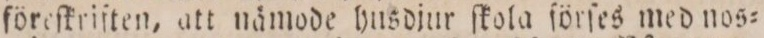
föreſkriften, att nämode husdjur ſkola förſes med nos=